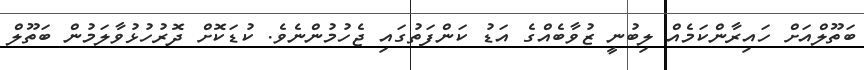
ބަތޫލްއަށް ހައިރާންކަމެއް ލިބުނީ ޒުވާބެއްގެ އަޑު ކަންފަތުގައި ޖެހުމުންނެވެ. ކުޑަކޮށް ދޮރުހުޅުވާލަމުން ބަތޫލް